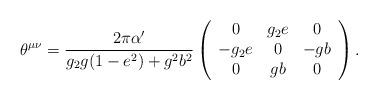
LaTeX: \begin{align*}\theta^{\mu\nu}=\frac{2\pi\alpha^{\prime}}{g_2g(1-e^2)+g^2b^2}\left(\begin{array}{ccc}0&g_2e&0 \\-g_2e&0&-gb\\0&gb&0\end{array}\right).\end{align*}